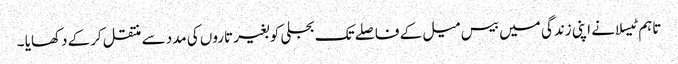
تاہم ٹیسلا نے اپنی زندگی میں بیس میل کے فاصلے تک بجلی کو بغیر تاروں کی مدد سے منتقل کرکے دکھایا ۔